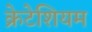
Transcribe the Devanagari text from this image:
क्रेटेशियम